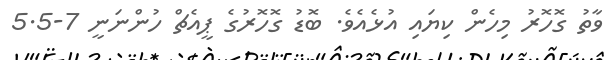
ވާތު ގޮހޮރު މިހެން ކިޔައި އުޅެއެވެ. ބޮޑު ގޮހޮރުގެ ޕީއެޗް ހުންނަނީ 7-5.5